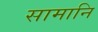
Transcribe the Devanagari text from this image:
सामानि